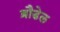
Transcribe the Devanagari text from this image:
ब्रौडेल